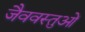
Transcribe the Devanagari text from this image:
जैववस्तुओं